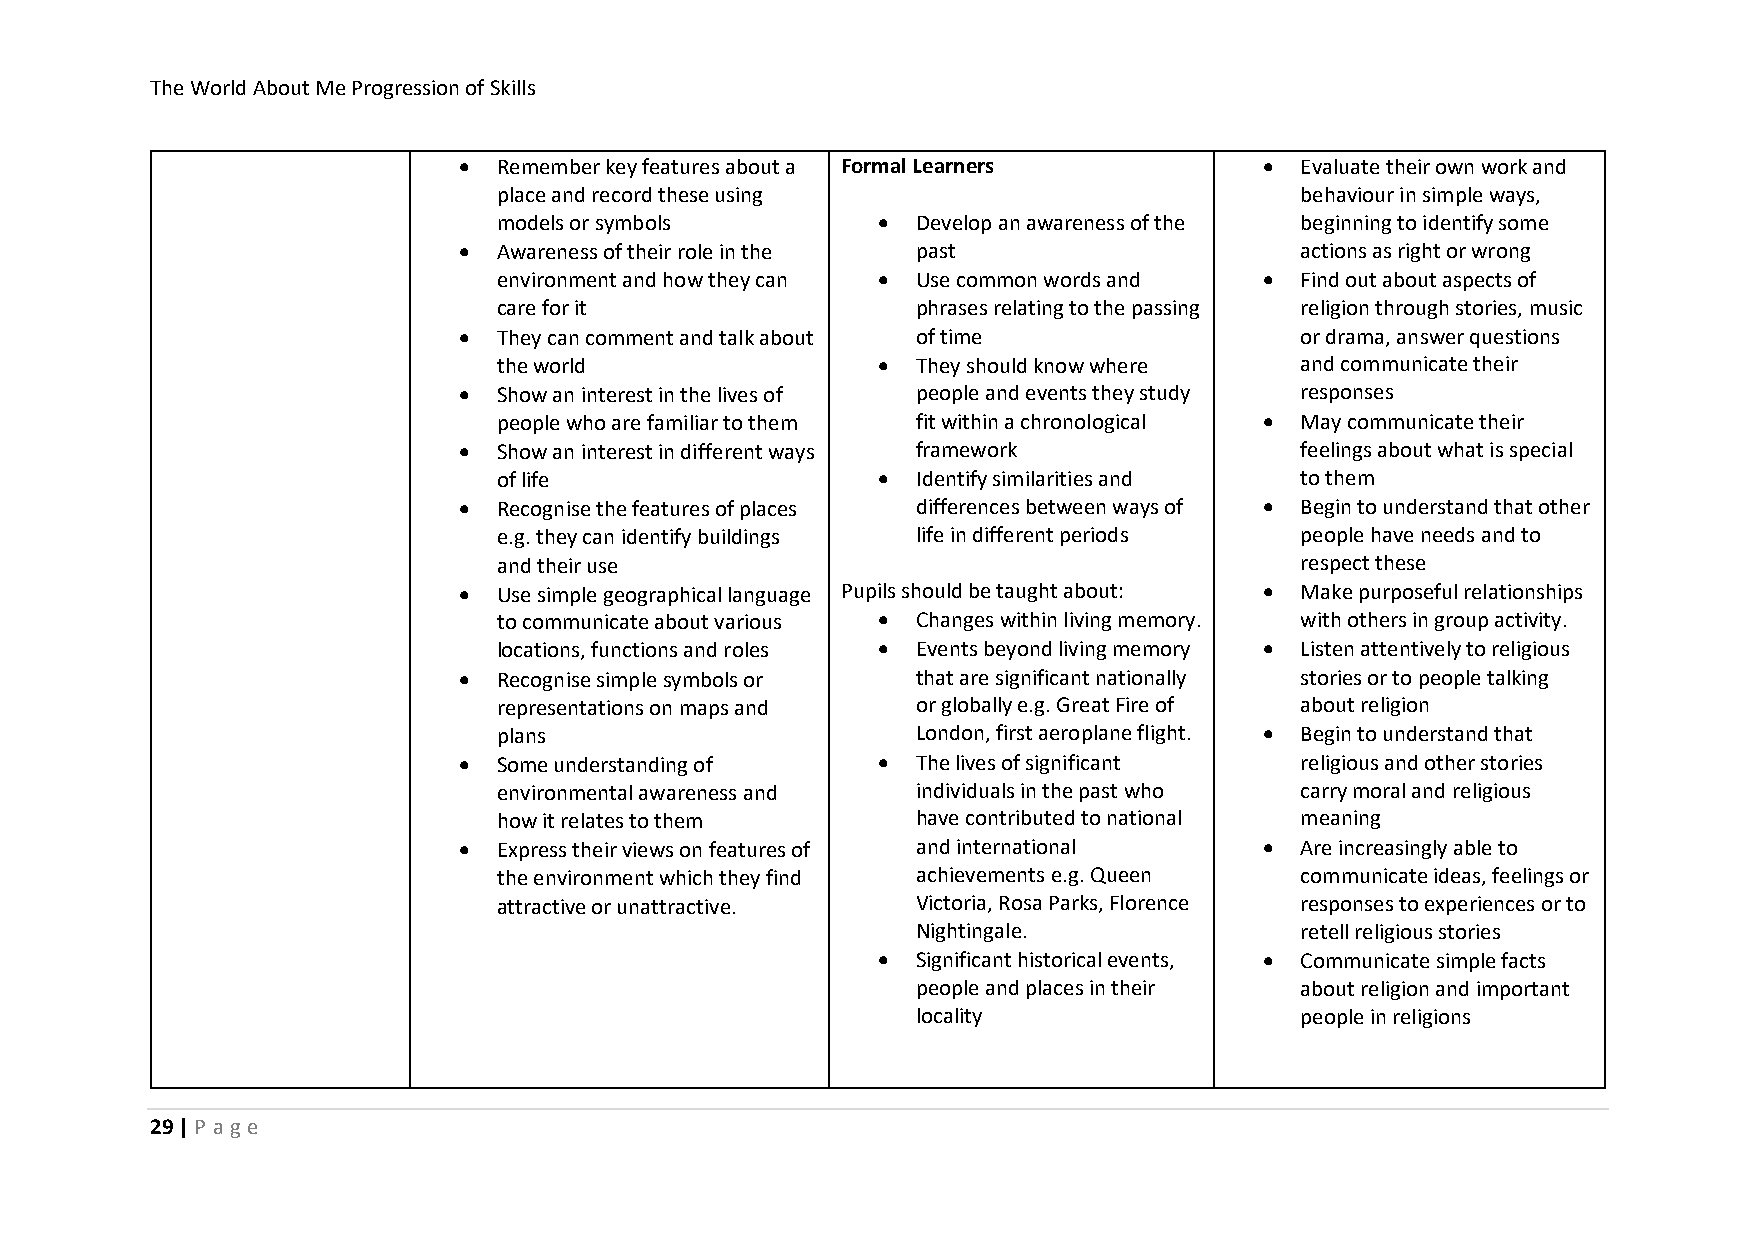
The World About Me Progression of Skills
 •  Remember key features about a Formal Learners      • Evaluate their own work and
 place and record these using                         behaviour in simple ways,
 models or symbols        •  Develop an awareness of the beginning to identify some
 •  Awareness of their role in the past                  actions as right or wrong
 environment and how they can • Use common words and • Find out about aspects of
 care for it                 phrases relating to the passing religion through stories, music
 •  They can comment and talk about of time              or drama, answer questions
 the world                •  They should know where   and communicate their
 •  Show an interest in the lives of people and events they study responses
 people who are familiar to them fit within a chronological • May communicate their
 •  Show an interest in different ways framework         feelings about what is special
 of life                  •  Identify similarities and to them
 •  Recognise the features of places differences between ways of • Begin to understand that other
 e.g. they can identify buildings life in different periods people have needs and to
 and their use                                        respect these
 •  Use simple geographical language Pupils should be taught about: • Make purposeful relationships
 to communicate about various • Changes within living memory. with others in group activity.
 locations, functions and roles • Events beyond living memory • Listen attentively to religious
 •  Recognise simple symbols or that are significant nationally stories or to people talking
 representations on maps and or globally e.g. Great Fire of about religion
 plans                       London, first aeroplane flight. • Begin to understand that
 •  Some understanding of    •  The lives of significant religious and other stories
 environmental awareness and individuals in the past who carry moral and religious
 how it relates to them      have contributed to national meaning
 •  Express their views on features of and international • Are increasingly able to
 the environment which they find achievements e.g. Queen communicate ideas, feelings or
 attractive or unattractive. Victoria, Rosa Parks, Florence responses to experiences or to
 Nightingale.             retell religious stories
 •  Significant historical events, • Communicate simple facts
 people and places in their about religion and important
 locality                 people in religions
 29 | P ag e